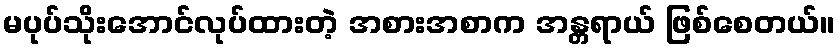
မပုပ်သိုးအောင်လုပ်ထားတဲ့ အစားအစာက အန္တရာယ် ဖြစ်စေတယ်။